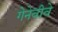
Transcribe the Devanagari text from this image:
गेनेवीवे